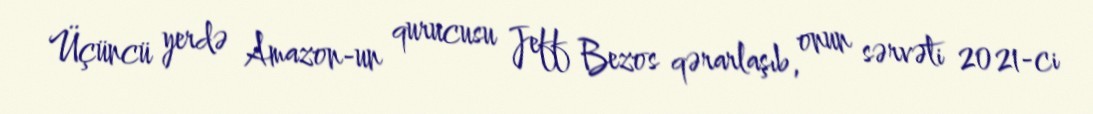
Üçüncü yerdə Amazon-un qurucusu Jeff Bezos qərarlaşıb, onun sərvəti 2021-ci